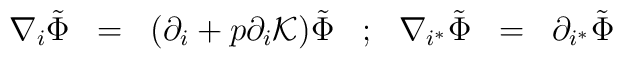
\begin{array}{ccccccc}\nabla_i    \tilde{\Phi}&    =& (\partial_i   +   p   \partial_i{\cal K}) \tilde{\Phi}& ; & \nabla_{i^*}\tilde{\Phi}&=&\partial_{i^*} \tilde{\Phi}\cr\end{array}